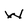
Character: W